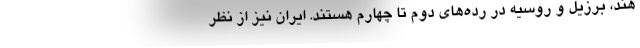
هند، برزیل و روسیه در رده‌های دوم تا چهارم هستند. ایران نیز از نظر